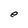
Character: e